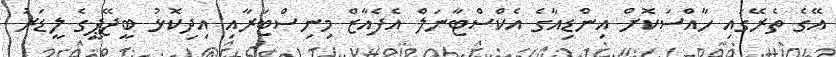
އޭގެ ތެރޭގައި ހާއްސަކޮށް އިންޑިއާގެ އެކްސްޓާނަލް އެފެއާޒް މިނިސްޓަރާއި އިދިކޮޅު ބީޖޭޕީގެ ލީޑަރު